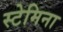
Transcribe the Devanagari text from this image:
स्टेमिना